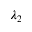
\lambda _ { 2 }